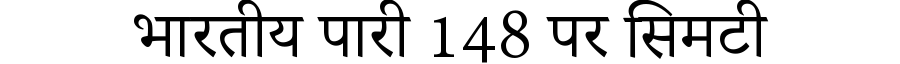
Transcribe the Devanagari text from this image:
भारतीय पारी 148 पर सिमटी